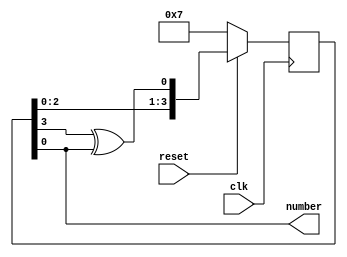
module lsfr(
    input clk,
    input reset,
    output number
);


reg [3:0] lsfr;

wire lazo;

assign lazo = (lsfr[3]^lsfr[0]);
assign number = lsfr[0];

always @(posedge clk) begin
    if (~reset)
        lsfr <= 4'b111;
    else

        lsfr <= {lsfr[2:0], lazo};
end

endmodule